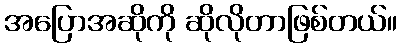
အပြောအဆိုကို ဆိုလိုတာဖြစ်တယ်။